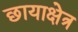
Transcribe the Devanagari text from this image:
छायाक्षेत्र